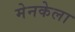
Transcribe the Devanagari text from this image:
मेनकेला